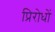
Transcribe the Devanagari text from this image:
प्रिरोधों